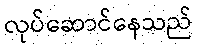
လုပ်ဆောင်နေသည်